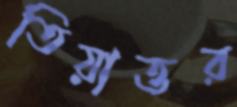
তিয়াত্তর